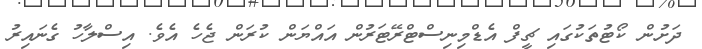
ދަށުން ކޯޓުތަކުގައި ޗީފް އެޑްމިނިސްޓްރޭޓަރުން އައްޔަން ކުރަން ޖެހެ އެވެ. އިސްލާހު ގެނައިރު